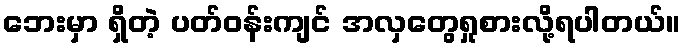
ဘေးမှာ ရှိတဲ့ ပတ်ဝန်းကျင် အလှတွေရှုစားလို့ရပါတယ်။